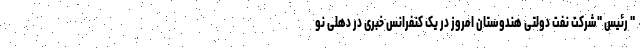
" رئیس "شرکت نفت دولتی هندوستان امروز در یک کنفرانس خبری در دهلی نو